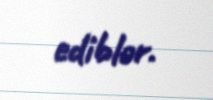
ediblər.